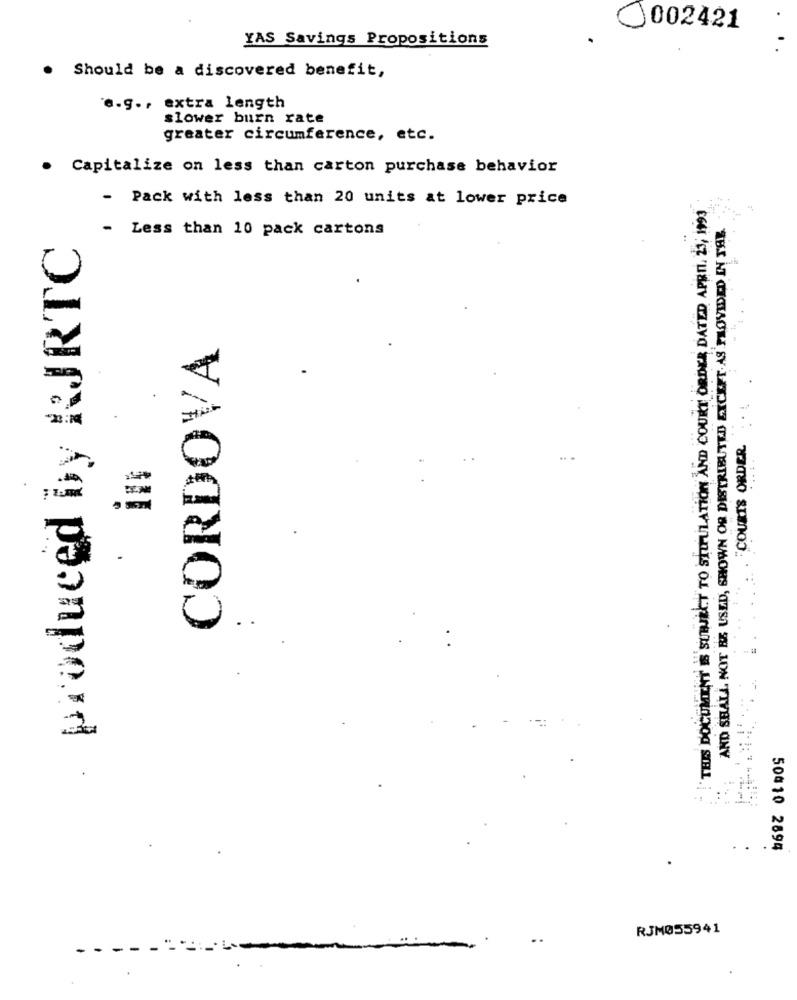
002421
YAS Savings Propositions
.
Should be a discovered benefit,
.
e.g ., extra length
slower burn rate
greater circumference, etc.
. Capitalize on less than carton purchase behavior
- Pack with less than 20 units at lower price
THIS DOCUMENT IS SUBJECT TO STIPULATION AND COURT ORDER DATED APRIL, 21, 1993
AND SHALL NOT BE USED, SHOWN OR DISTRIBUTED EXCEPT. AS PROVIDED IN JAB.
- Less than 10 pack cartons
. produced by RJRTC
CORDOVA
"COURTS ORDER
in
50010 2894
RJM055941